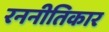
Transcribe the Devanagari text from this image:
रननीतिकार